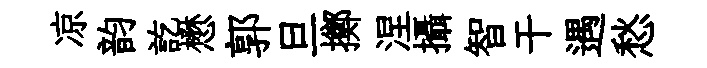
凉韵訖懋郭旦擲涅攝智干遇愁